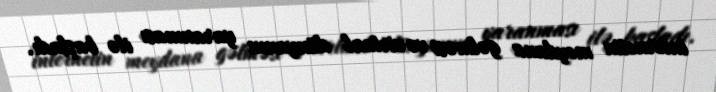
internetin meydana gəlməsi və virtual dünyanın yaranması ilə başladı.